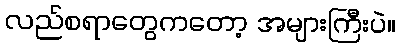
လည်စရာတွေကတော့ အများကြီးပဲ။